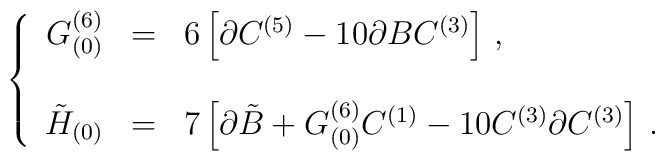
\left\{\begin{array}{rcl}G^{(6)}_{(0)} & = & 6\left[\partial C^{(5)} -10\partial BC^{(3)}\right]\, ,\\& & \\\tilde{H}_{(0)} & = & 7\left[\partial\tilde{B} +G^{(6)}_{(0)}C^{(1)} -10C^{(3)}\partial C^{(3)}\right]\, .\\\end{array}\right.